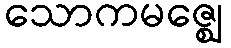
သောကမဇ္ဈေ